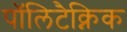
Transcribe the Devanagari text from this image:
पॉलिटैक्निक